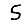
Digit: 5